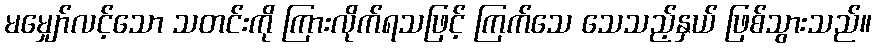
မမျှော်လင့်သော သတင်းကို ကြားလိုက်ရသဖြင့် ကြက်သေ သေသည့်နှယ် ဖြစ်သွားသည်။